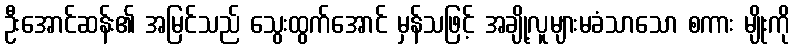
ဦးအောင်ဆန်း၏ အမြင်သည် သွေးထွက်အောင် မှန်သဖြင့် အချို့လူများမခံသာသော စကား မျိုးကို